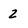
Character: 2